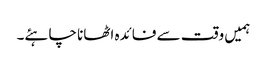
ہمیں وقت سے فائدہ اٹھانا چاہئے۔